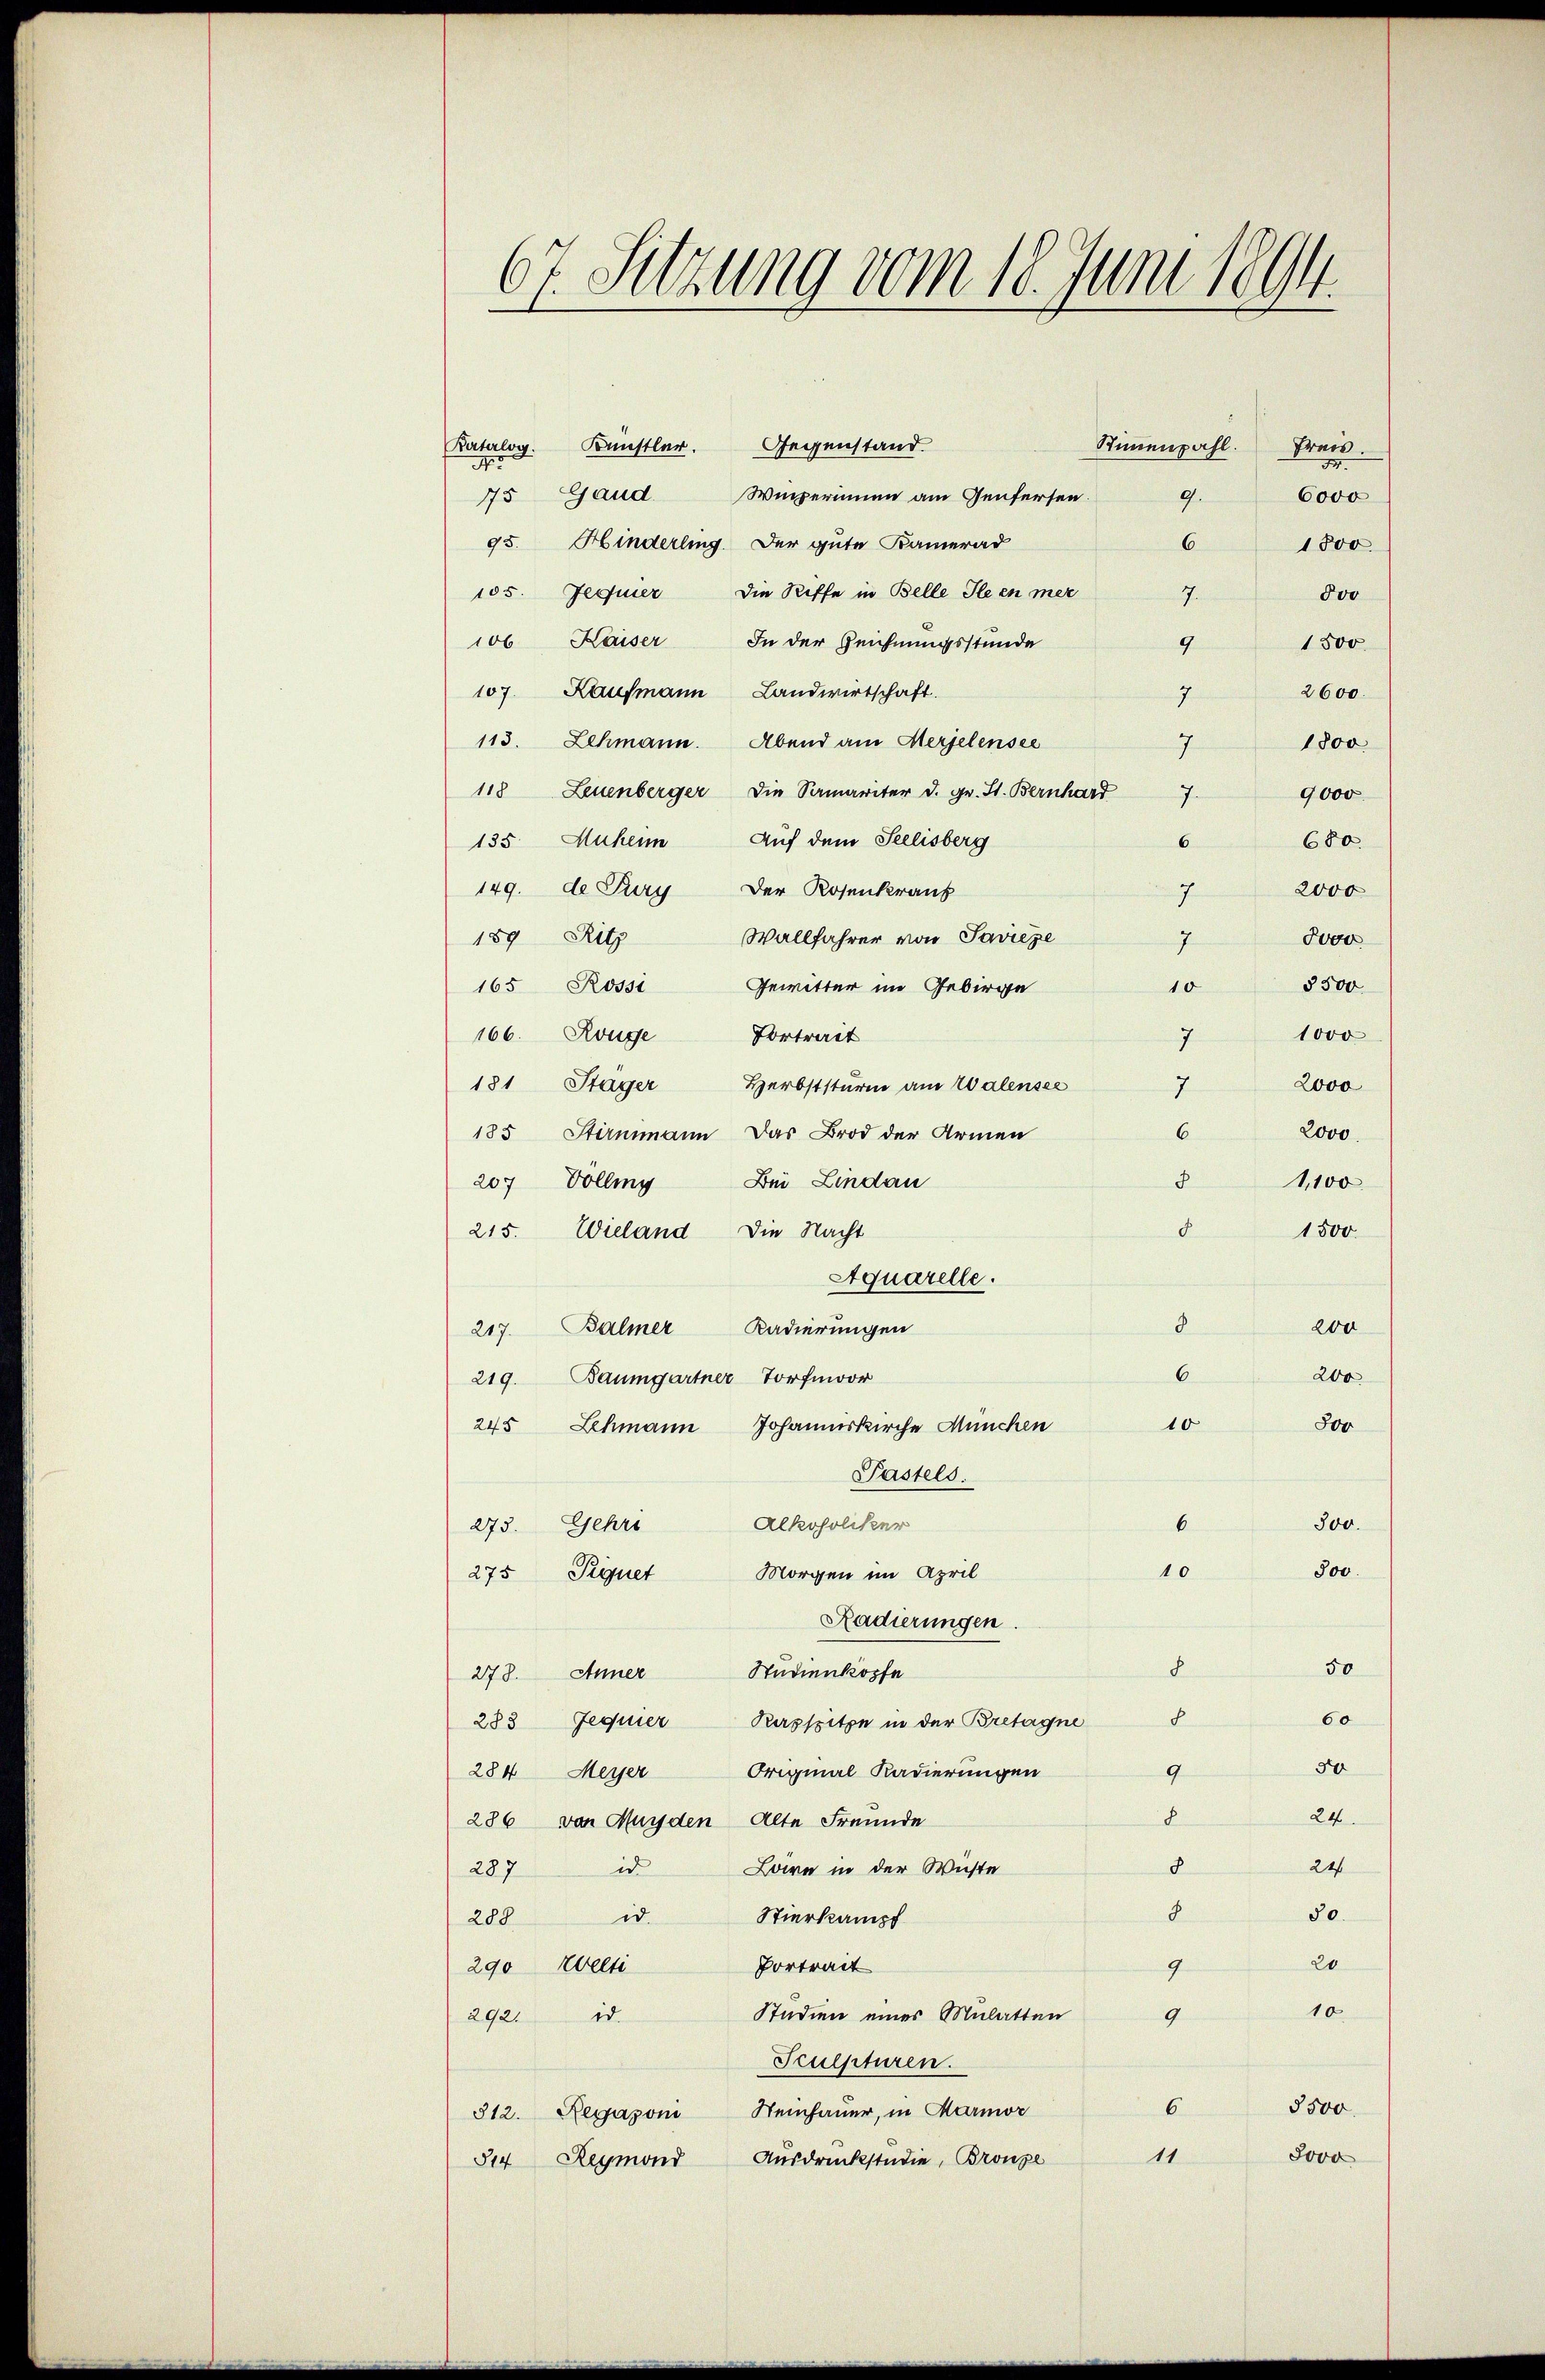
2
61. Sitzung vom 10. Juni 1894.

Stimmenzahl.
Katerlog. Künstler. Gegenstand
hren.
No
34.
75 Gaud
Winperinnen am Genfersen
6000
9.
95. Hinderling. Der gute Kamerad
6
1800.
105. Jequier die Riffe in Belle Gleen mer
7.
doo
106 Kaiser, In der Zeichnungsstunde
9
1500.
7
107 Kaufmann Landwirtschaft.
2600.
113. Lehmann. Abend am Merjelensee
1800
118 Leuenberger die Samariter d. gr. St. Bernhard
9,000
135 Auhen Auf dem Seelisberg
6
680.
149. de Pury Der Rosenkraus
2000
189 Ritz
7
Wallfahrer von Savieze
Dover
5500
165 Rosst Gewitter im Gebirge
10
7 1000
166. Rouge
Vortrait
2000
181 Stäger Herbststurm am Walensee
7
 2000.
185 Stirnmann das Brod der Armen
8
207 Volling Bei Lindau
1,100
§ 1500
215. Wieland die Nacht
Aquarelle.
8
200
217. Balmer Kadierungen
6
200
Baumgartner Torfmoor
219.
245 Lehmann Johanneskirche München 10
800
Pastels.
6
300.
273. Gehri Alkoholiker
10
800.
275 Priquet
Morgen im April
Radierungen.
8
50
278. Anner Studienkopfe
8
60
283 Jequier Raspitze in der Bretagne
50
9
284 Meyer Original-Kadierungen
8
24.
286 von Munden Alte Freunde
287
id
24
8
Laire in der Wiste
8
50.
Stierkampf
id.
288
20
Vortrait
290 Welti
9
10
Studien eines Mulatten
9
292. d.
Sculpturen.
5500.
6
312. Regazon Neinhauer, in Harmor
8000
11
514 Reymond Ausdruckstudie, Bronze